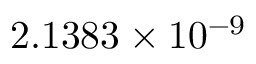
2 . 1 3 8 3 \times 1 0 ^ { - 9 }